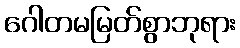
ဂေါတမမြတ်စွာဘုရား